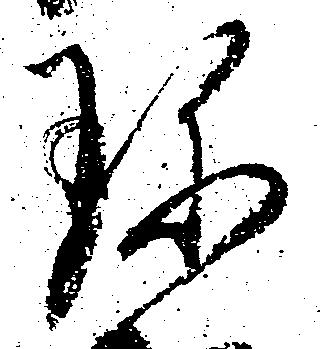
珍